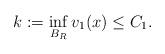
LaTeX: \begin{align*} k:= \inf_{B_R} v_1(x) \leq C_1.\end{align*}